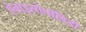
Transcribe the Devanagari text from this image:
ऐनाइसोपॉडिडी